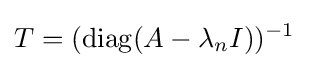
T=(\operatorname {diag} (A-\lambda _{n}I))^{-1}